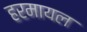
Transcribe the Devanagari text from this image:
हरमायल